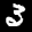
Label: 3